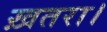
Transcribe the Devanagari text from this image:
ख़तरा।